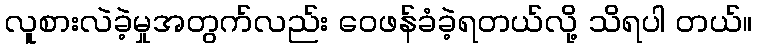
လူစားလဲခဲ့မှုအတွက်လည်း ဝေဖန်ခံခဲ့ရတယ်လို့ သိရပါ တယ်။